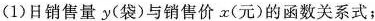
(1)日销售量y(袋)与销售价x(元)的函数关系式；